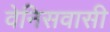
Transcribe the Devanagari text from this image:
वेनिसवासी